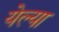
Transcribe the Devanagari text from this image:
येल्या